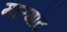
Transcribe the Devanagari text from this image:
मारगॉट